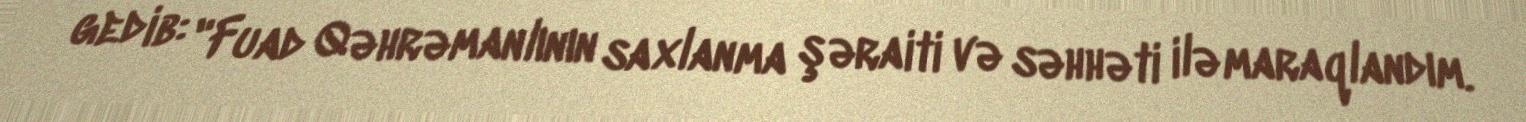
gedib: "Fuad Qəhrəmanlının saxlanma şəraiti və səhhəti ilə maraqlandım.